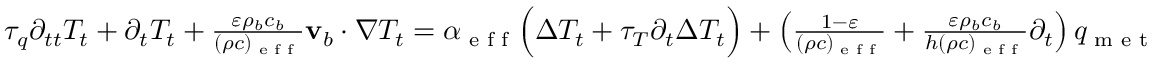
\begin{array} { r } { \tau _ { q } \partial _ { t t } T _ { t } + \partial _ { t } T _ { t } + \frac { \varepsilon \rho _ { b } c _ { b } } { ( \rho c ) _ { \textrm { e f f } } } \mathbf v _ { b } \cdot \nabla T _ { t } = \alpha _ { \textrm { e f f } } \Big ( \Delta T _ { t } + \tau _ { T } \partial _ { t } \Delta T _ { t } \Big ) + \left( \frac { 1 - \varepsilon } { ( \rho c ) _ { \textrm { e f f } } } + \frac { \varepsilon \rho _ { b } c _ { b } } { h ( \rho c ) _ { \textrm { e f f } } } \partial _ { t } \right) q _ { \textrm { m e t } } } \end{array}